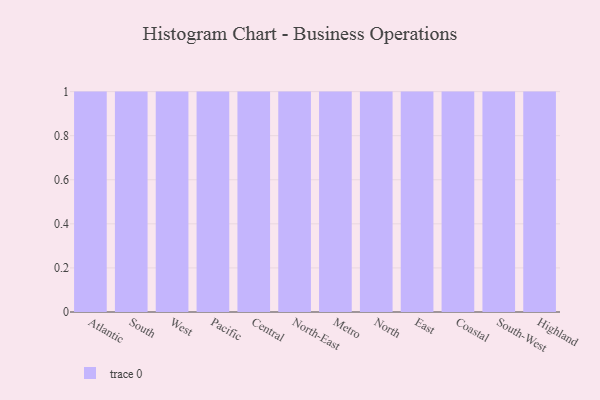
{"axis": {"x": "Region", "y": "Latency (ms)"}, "legend": [""], "data": [{"x": "Atlantic", "y": 15, "type": ""}, {"x": "South", "y": 72, "type": ""}, {"x": "West", "y": 39, "type": ""}, {"x": "Pacific", "y": 74, "type": ""}, {"x": "Central", "y": 62, "type": ""}, {"x": "North-East", "y": 36, "type": ""}, {"x": "Metro", "y": 95, "type": ""}, {"x": "North", "y": 8, "type": ""}, {"x": "East", "y": 55, "type": ""}, {"x": "Coastal", "y": 74, "type": ""}, {"x": "South-West", "y": 5, "type": ""}, {"x": "Highland", "y": 59, "type": ""}]}